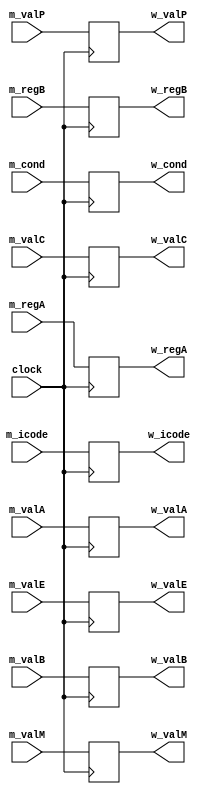
`timescale 1ns / 1ps

module write_back_register(clock,m_icode,m_regA,m_regB,m_valC,m_valP,m_valA,m_valB,m_cond,m_valE,m_valM,w_icode,w_regA,w_regB,w_valC,w_valP,w_valA,w_valB,w_cond,w_valE,w_valM);  
input clock;

input [3:0] m_icode,m_regA,m_regB;
input [63:0] m_valC,m_valP,m_valA,m_valB,m_valE,m_valM;
input m_cond;

output reg [3:0] w_icode,w_regA,w_regB;
output reg [63:0] w_valC,w_valP,w_valA,w_valB,w_valE,w_valM;
output reg w_cond;

always@(posedge clock)
begin
  w_icode <= m_icode;
  w_regA <= m_regA;
  w_regB <= m_regB;
  w_valC <= m_valC;
  w_valP <= m_valP;
  w_valA <= m_valA;
  w_valB <= m_valB;
  w_cond <= m_cond;
  w_valE <= m_valE;
  w_valM <= m_valM;
end
endmodule